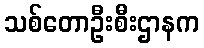
သစ်တောဦးစီးဌာနက